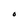
Character: O